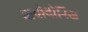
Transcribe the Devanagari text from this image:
ब्रायोथोनिक